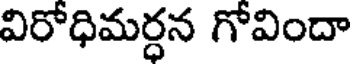
విరోధిమర్ధన గోవిందా